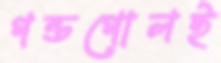
গন্ডগোলই